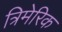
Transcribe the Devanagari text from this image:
त्रिमेरिक